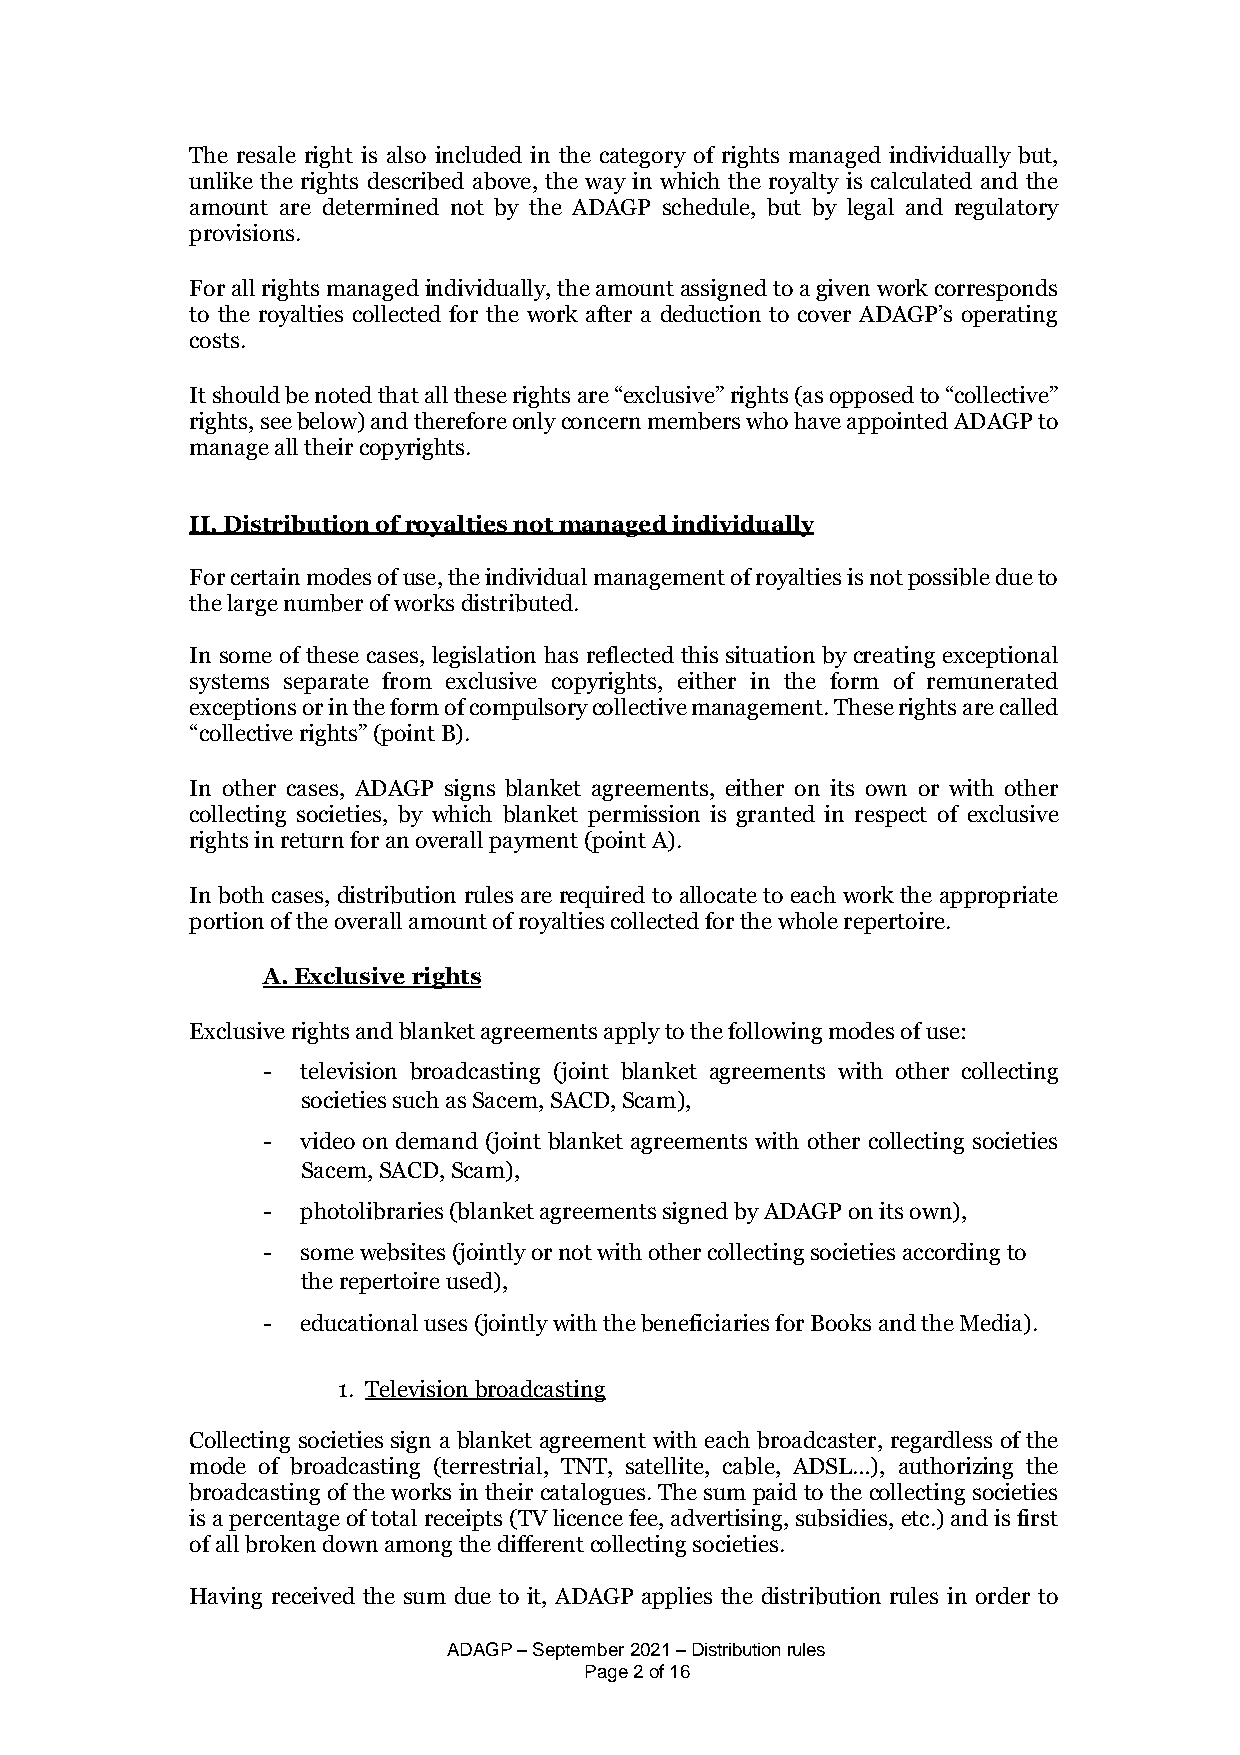
The resale right is also included in the category of rights managed individually but,
 unlike the rights described above, the way in which the royalty is calculated and the
 amount are determined not by the ADAGP schedule, but by legal and regulatory
 provisions.
 For all rights managed individually, the amount assigned to a given work corresponds
 to the royalties collected for the work after a deduction to cover ADAGP’s operating
 costs.
 It should be noted that all these rights are “exclusive” rights (as opposed to “collective”
 rights, see below) and therefore only concern members who have appointed ADAGP to
 manage all their copyrights.
 II. Distribution of royalties not managed individually
 For certain modes of use, the individual management of royalties is not possible due to
 the large number of works distributed.
 In some of these cases, legislation has reflected this situation by creating exceptional
 systems separate from exclusive copyrights, either in the form of remunerated
 exceptions or in the form of compulsory collective management. These rights are called
 “collective rights” (point B).
 In other cases, ADAGP signs blanket agreements, either on its own or with other
 collecting societies, by which blanket permission is granted in respect of exclusive
 rights in return for an overall payment (point A).
 In both cases, distribution rules are required to allocate to each work the appropriate
 portion of the overall amount of royalties collected for the whole repertoire.
 A. Exclusive rights
 Exclusive rights and blanket agreements apply to the following modes of use:
 -  television broadcasting (joint blanket agreements with other collecting
 societies such as Sacem, SACD, Scam),
 -  video on demand (joint blanket agreements with other collecting societies
 Sacem, SACD, Scam),
 -  photolibraries (blanket agreements signed by ADAGP on its own),
 -  some websites (jointly or not with other collecting societies according to
 the repertoire used),
 -  educational uses (jointly with the beneficiaries for Books and the Media).
 1. Television broadcasting
 Collecting societies sign a blanket agreement with each broadcaster, regardless of the
 mode of broadcasting (terrestrial, TNT, satellite, cable, ADSL…), authorizing the
 broadcasting of the works in their catalogues. The sum paid to the collecting societies
 is a percentage of total receipts (TV licence fee, advertising, subsidies, etc.) and is first
 of all broken down among the different collecting societies.
 Having received the sum due to it, ADAGP applies the distribution rules in order to
 ADAGP – September 2021 – Distribution rules
 Page 2 of 16